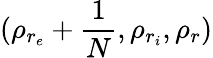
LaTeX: (\rho_{r_{e}}+\frac{1}{N},\rho_{r_{i}},\rho_{r})